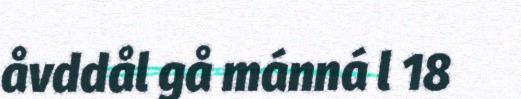
åvddål gå mánná l 18